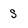
Character: S